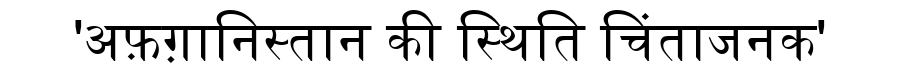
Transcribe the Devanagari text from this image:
'अफ़ग़ानिस्तान की स्थिति चिंताजनक'